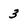
Character: 3